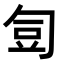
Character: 𭅋